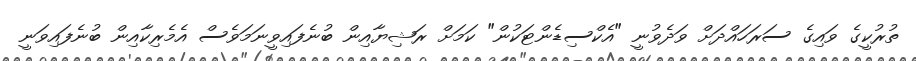
ތުރުކީގެ ވައިގެ ސަރަހައްދަށް ވަދެވުނީ "އެކްސިޑެންޓަކުން" ކަމަށް ރަޝިޔާއިން ބުނެފައިވީނަމަވެސް އެމެރިކާއިން ބުނެފައިވަނީ